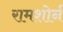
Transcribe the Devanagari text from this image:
रामशोर्न